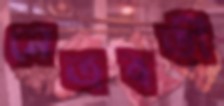
নেত্রবতী